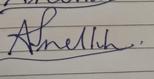
Signature authenticity: forged